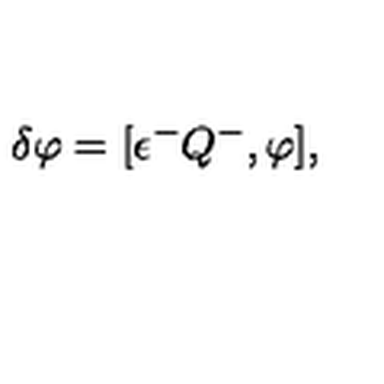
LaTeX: \delta \varphi = [ \epsilon ^ { - } Q ^ { - } , \varphi ] ,